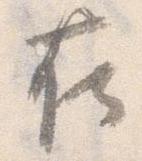
在